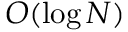
{ \cal O } ( \log N )